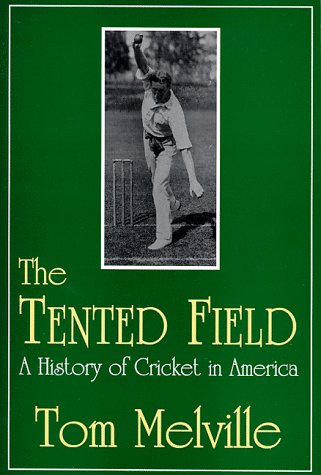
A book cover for The Tented Field: A History of Cricket in America; Tom Melville; Sports & Outdoors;